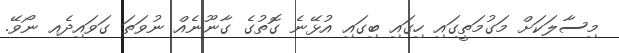
މިސާލަކަށް މަގުމަތީގައި ހިގައި ބިގައި އުޅޭނެ ގޮތުގެ ގާނޫނެއް ނުވަތަ ގަވައިދެއ ނޯވޭ.